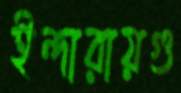
ইন্দারায়গু